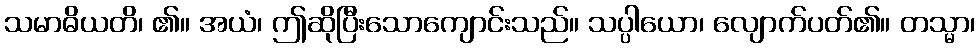
သမာဓိယတိ၊ ၏။ အယံ၊ ဤဆိုပြီးသောကျောင်းသည်။ သပ္ပါယော၊ လျောက်ပတ်၏။ တသ္မာ၊